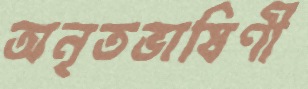
অনৃতভাষিণী